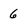
Character: 6